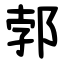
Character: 郣